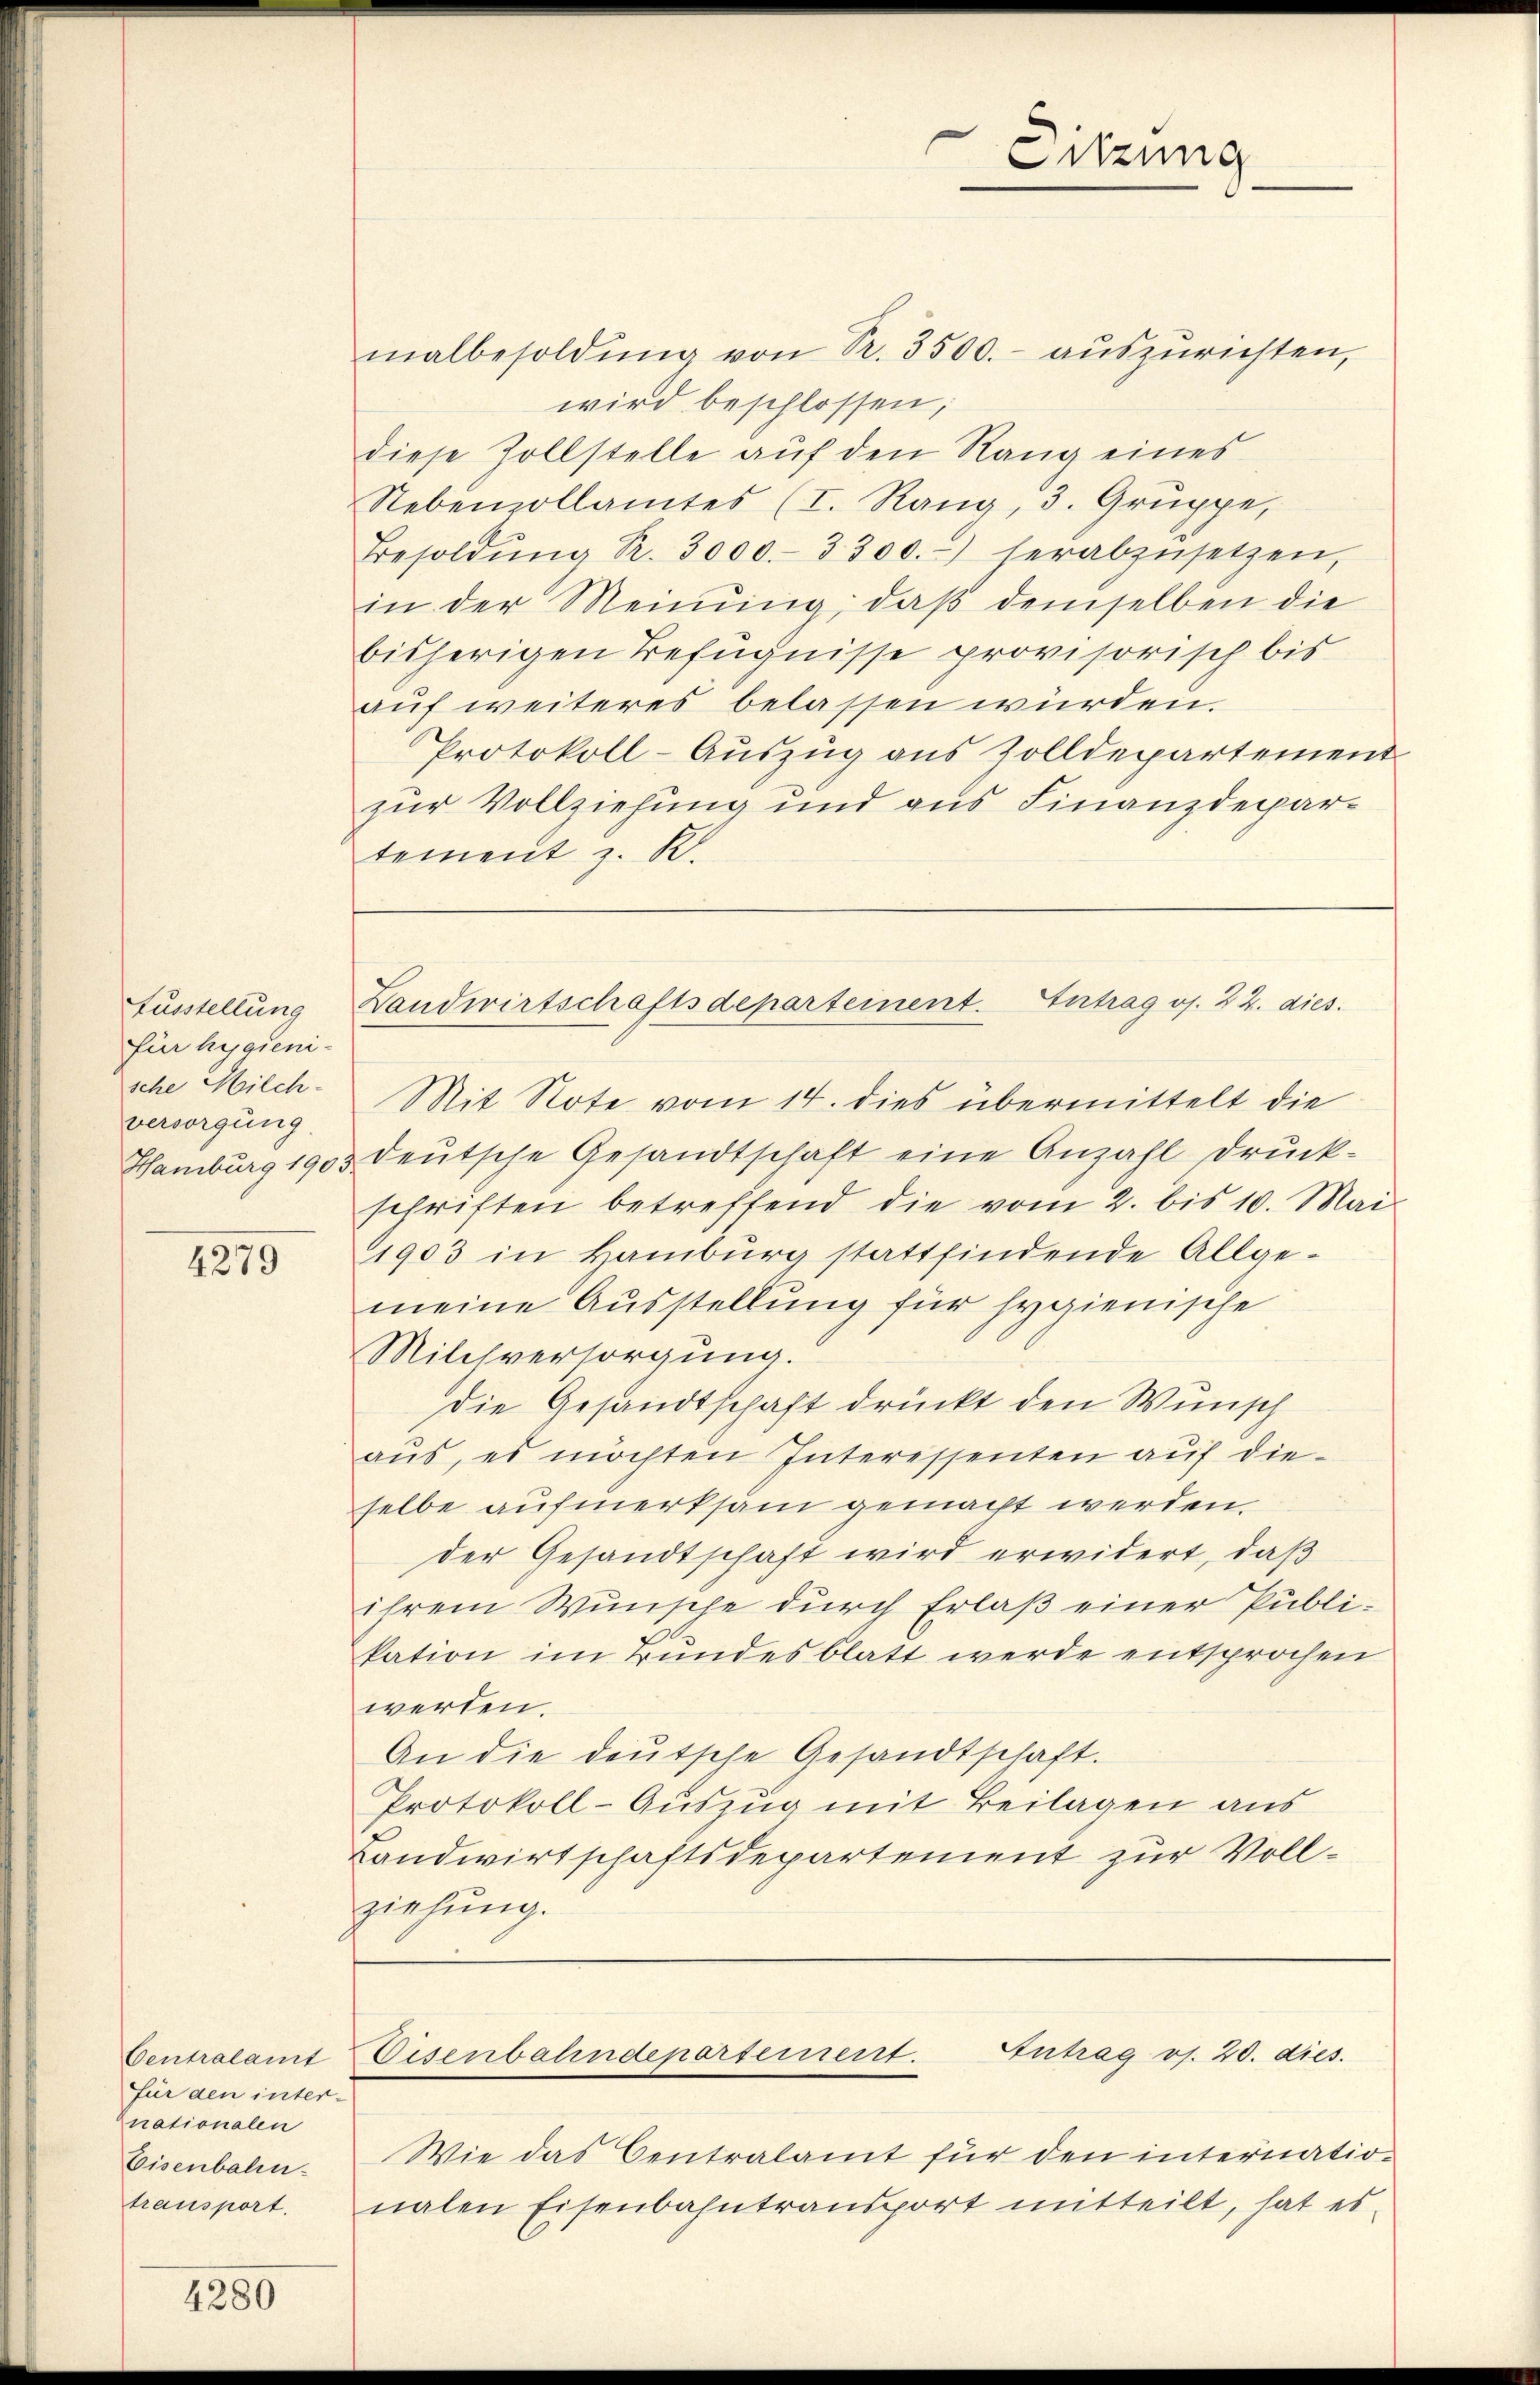
Ausstellung
für hygieni-
sche Milch-
versorgung
Hamburg 190.

4279

malbesoldŭng von Fr. 3500.- aŭszŭrichten,
wird beschlossen,
diese Zollstelle auf den Rang eines
Nebenzollamtes (I. Rang, 3. Gruppe,
Besoldŭng R. 3000.- 3300.-) herabzŭsetzen,
in der Meinung, daß demselben die
bisherigen Befugnisse provisorisch bis
auf weiteres belassen würden.
Protokoll-Auszug aus Zolldepartement
zur Vollziehung und aus Finanzdepartement z. B.

Centralamt
für den internationalen
Eisenbahn-
transport.

4280

Mit Note vom 14. dies übermittelt die
deutsche Gesandtschaft eine Anzahl Druck-
schriften betreffend die vom 2. bis 10. Mai
1903 in Hamburg stattfindende Allge-
meine Ausstellung für hygienische
Milchversorgung.
Die Gesandtschaft drückt den Wunsch
aŭs, es möchten Interessenten auf die-
selbe aufmerksam gemacht werden.
der Gesandtschaft wird erwidert, daß
ihrem Wunsche durch Erlaß einer Publikation im Bundesblatt werde entsprochen
werden.
An die deŭtsche Gesandtschaft.
Protokoll-Auszug mit Beilagen aus
Landwirtschaftsdepartement zur Vollziehung.

Landwirtschaftsdepartement. Eintrag/Antrag oj. 22. dies.

Wie das Centralamt für den internationalen Eisenbahntransport mitteilt, hat es

Sitzung

Antrag os. 20. dies
Disenbahndeportement.